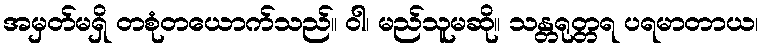
အမှတ်မရှိ တစုံတယောက်သည်။ ဝါ၊ မည်သူမဆို။ သန္တရုတ္တရ ပရမာတာယ၊